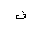
Letter: _fa